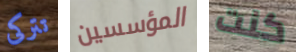
تتركى المؤسسين كنت